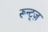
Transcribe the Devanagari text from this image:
रून्ट्ज़